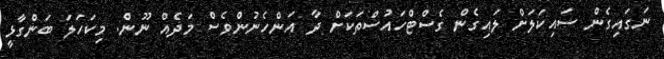
ނަގައިގެން ސައިކަލަށް ލައިގެން ގެސްޓްހައުސްތަކަށް ދާ އަންހެނުންވެސް މަދެއް ނޫން. މިކަހަލަ ބަންގާޅީ